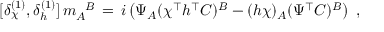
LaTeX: [ \delta _ { \chi } ^ { ( 1 ) } , \delta _ { h } ^ { ( 1 ) } ] \, m _ { A } ^ { \phantom { A } B } \, = \, i \left( \Psi _ { A } ( \chi ^ { \top } h ^ { \top } C ) ^ { B } - ( h \chi ) _ { A } ( \Psi ^ { \top } C ) ^ { B } \right) \; ,